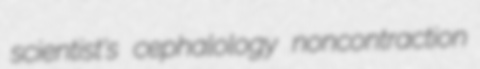
scientist's cephalology noncontraction